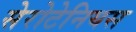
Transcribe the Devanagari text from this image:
सेरोटेनियस